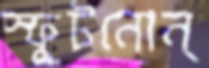
স্ফুটনোন্